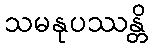
သမနုပဿန္တိ